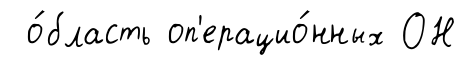
о́бласть оп'ерацио́нных ОН